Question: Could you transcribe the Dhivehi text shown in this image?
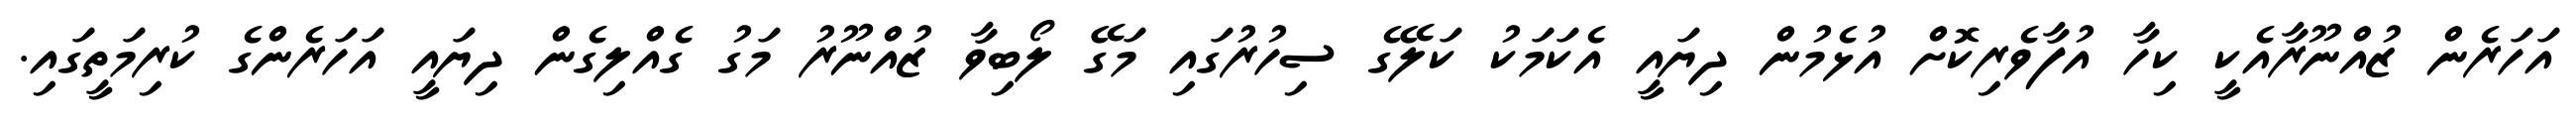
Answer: އަހަރެން ޒުއްނޫރާއެކީ ކިހާ އުފާވެރިކޮށް އުޅެމުން ދިޔައީ އެކަމަކު ކަލޭގެ ސިހުރުގައި މަގޭ ލޯބިވާ ޒުއްނޫރު މަގު ގެއްލިގެން ދިޔައީ އަހަރެންގެ ކުރިމަތީގައި.